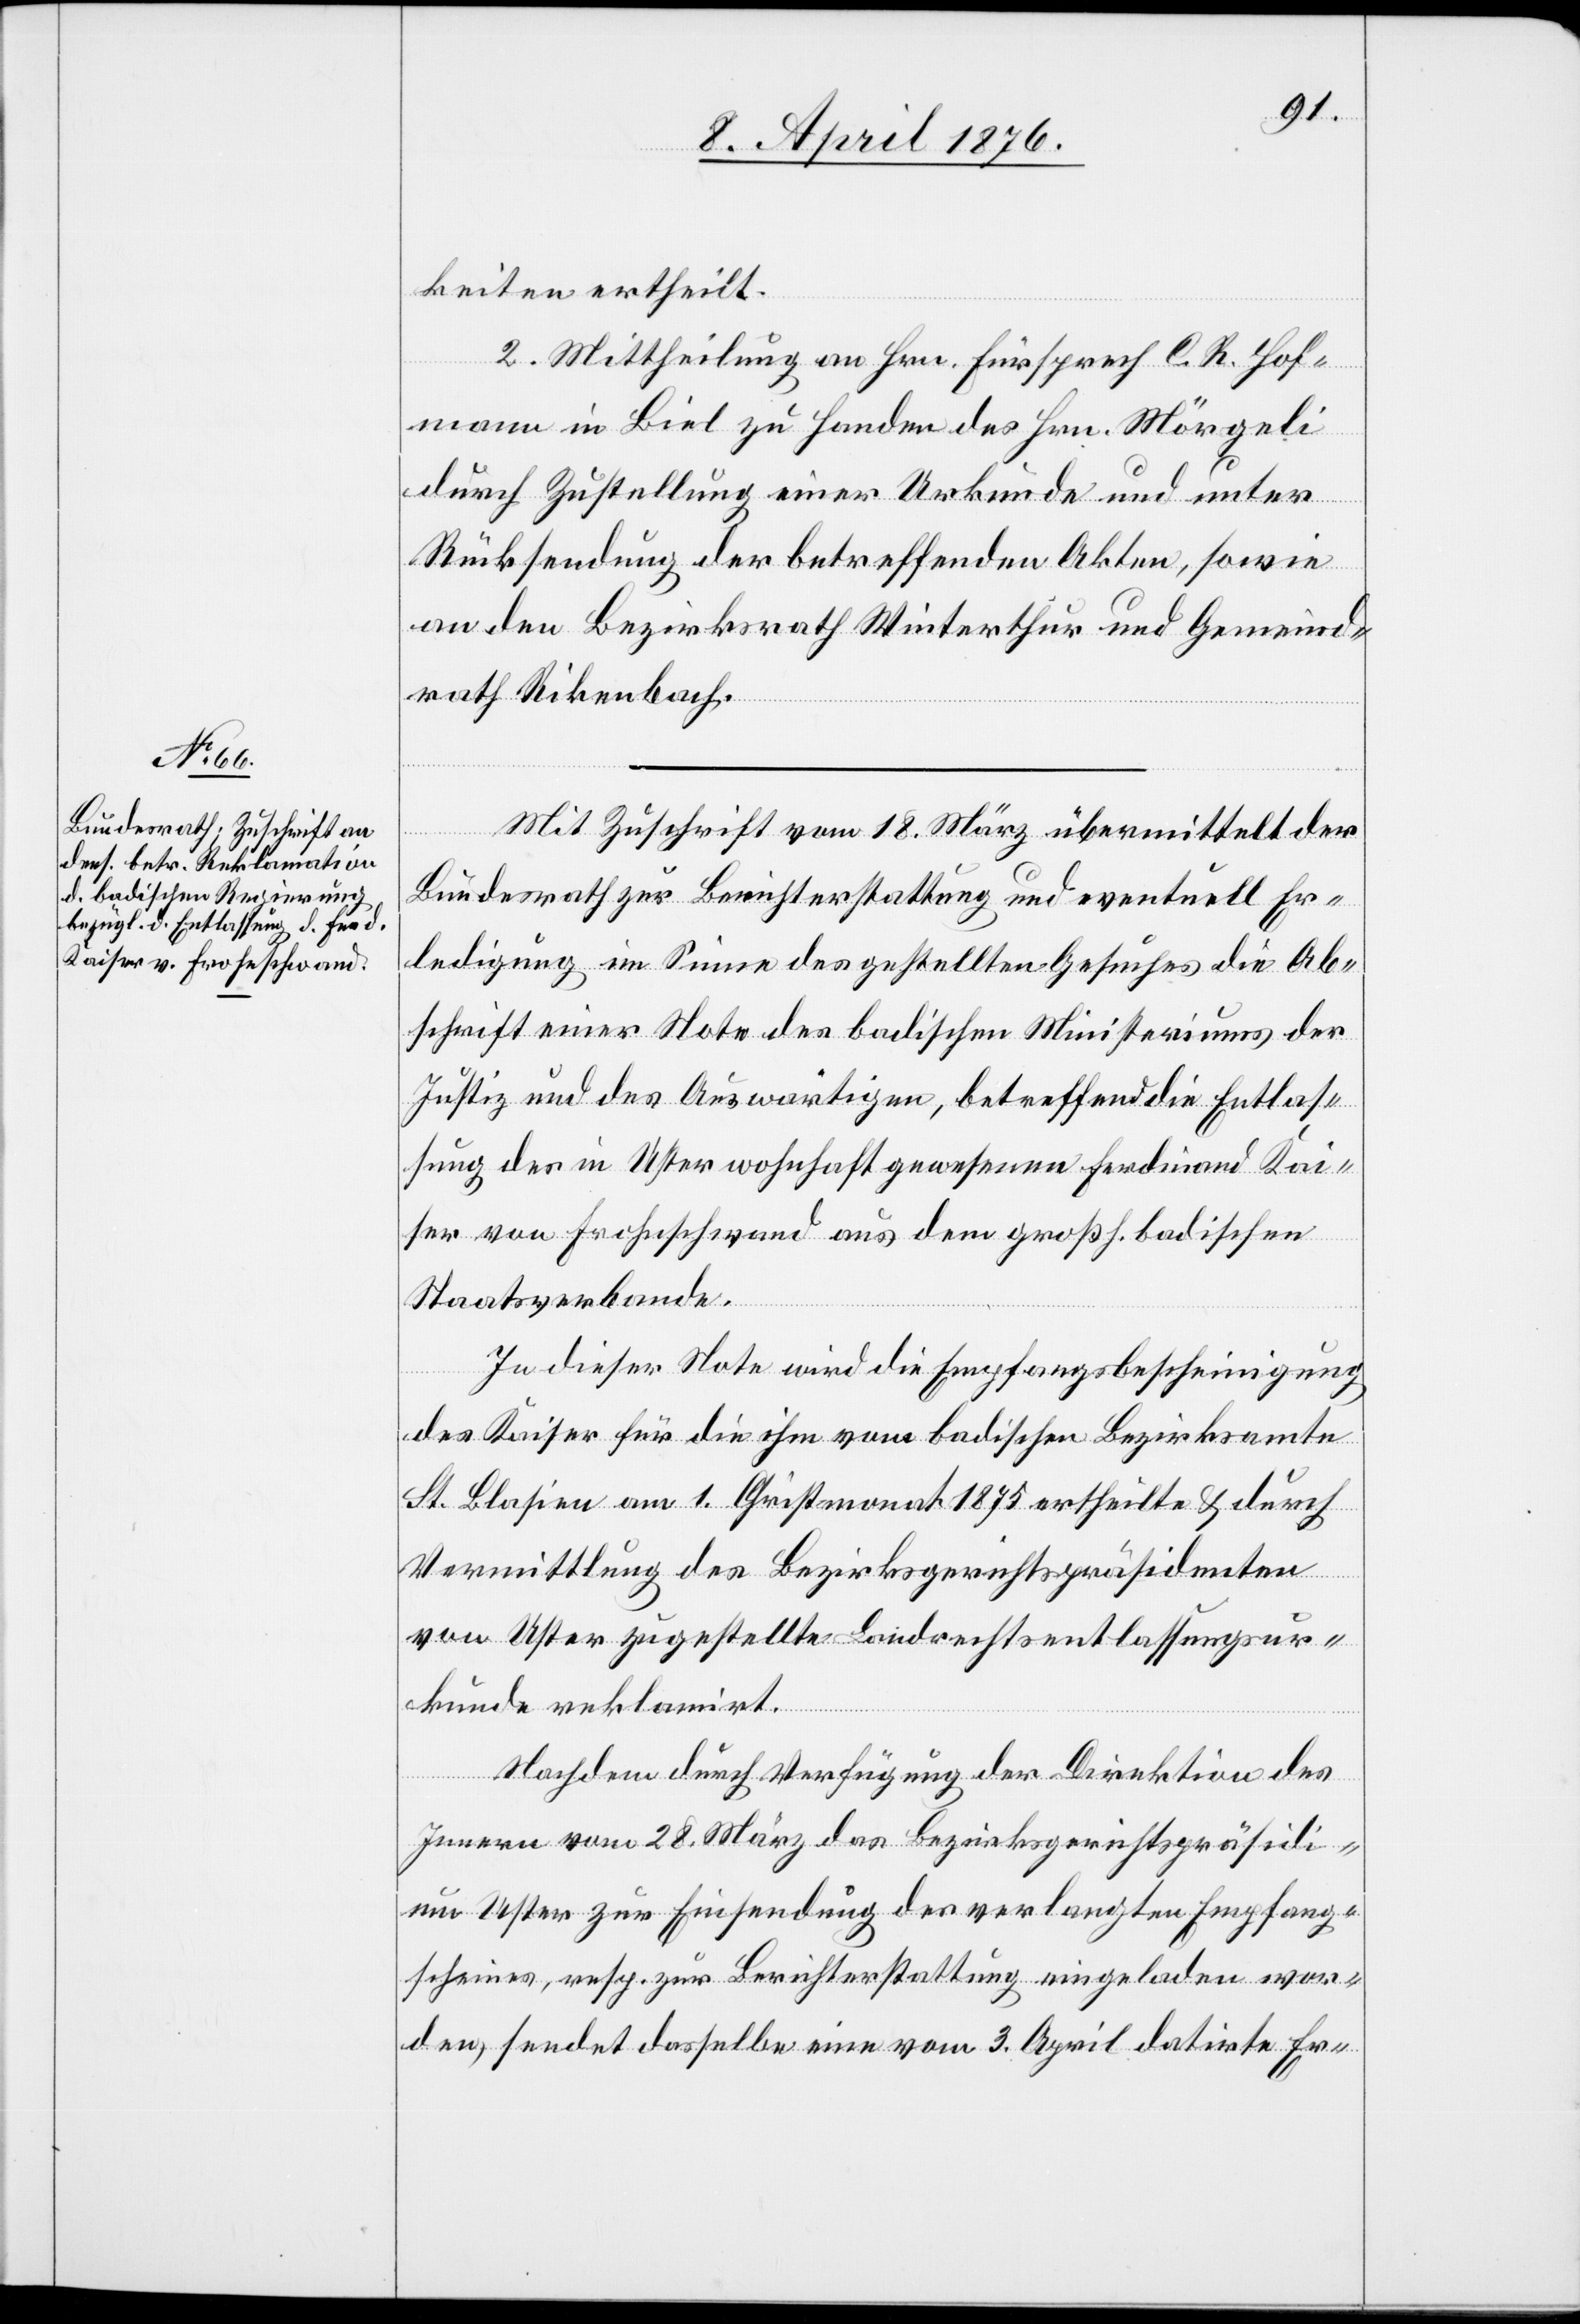
keiten ertheilt.
2. Mittheilung an Hrn. Fürsprech C. R. Hof¬
mann in Biel zu Handen des Hrn. Mörgeli
durch Zustellung einer Urkunde und unter
Rücksendung der betreffenden Akten, sowie
an den Bezirksrath Winterthur und Gemeind¬
rath Rikenbach.
Mit Zuschrift vom 18. März übermittelt der
Bundesrath zur Berichterstattung und eventuell Er¬
ledigung im Sinne des gestellten Gesuches die Ab¬
schrift einer Note des badischen Ministeriums der
Justiz und des Auswärtigen, betreffend die Entlas¬
sung des in Uster wohnhaft gewesenen Ferdinand Kai¬
ser von Frohnschwand aus dem großh. badischen
Staatsverbande.
In dieser Note wird die Empfangsbescheinigung
des Kaiser für die ihm vom badischen Bezirksamte
St. Blasien am 1. Christmonat 1875 ertheilte & durch
Vermittlung des Bezirksgerichtspräsidenten
von Uster zugestellte Landrechtsentlassungsur¬
kunde reklamirt.
Nachdem durch Verfügung der Direktion des
Innern vom 28. März das Bezirksgerichtspräsidi¬
um Uster zur Einsendung des vorgelegten Empfangs¬
scheines, resp. zur Berichterstattung eingeladen wor¬
den, sendet dasselbe eine vom 3. April datirte Er-